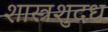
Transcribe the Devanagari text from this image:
शास्त्रशुदध